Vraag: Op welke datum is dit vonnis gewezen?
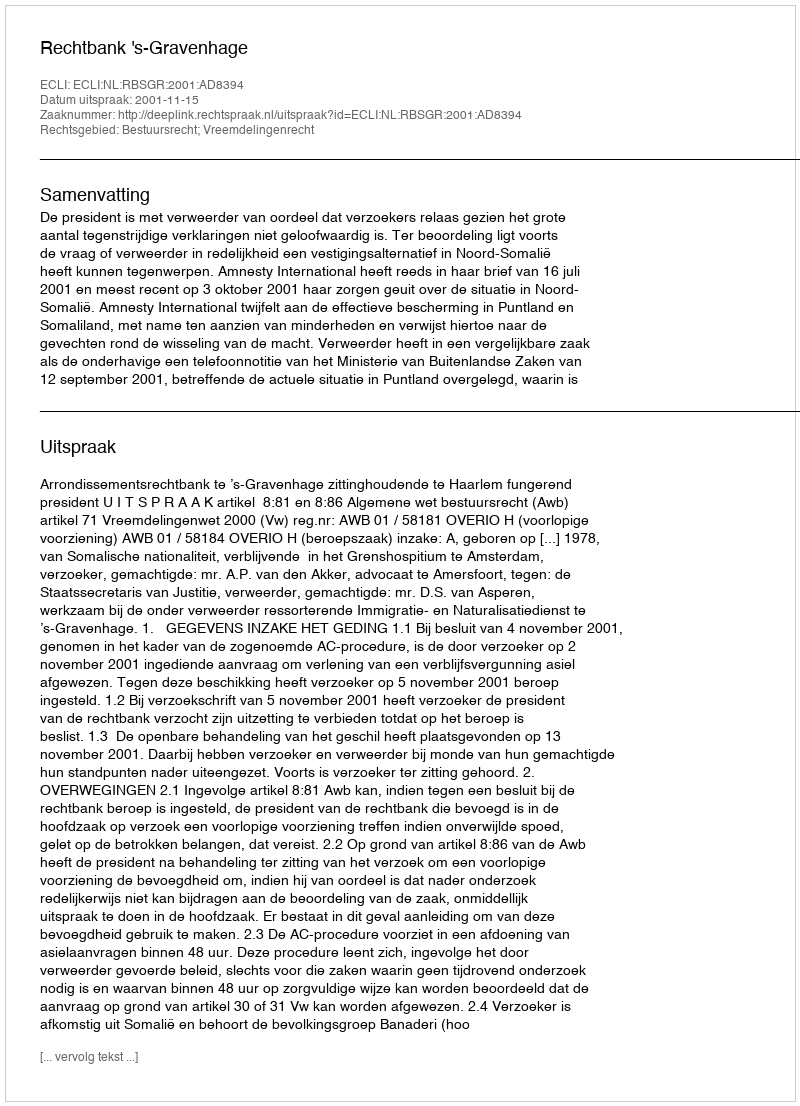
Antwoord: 2001-11-15